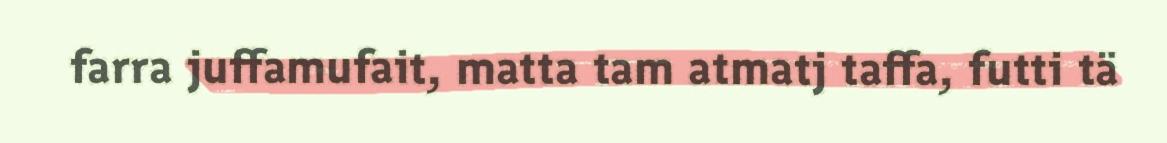
farra juffamufait, matta tam atmatj taffa, futti tä